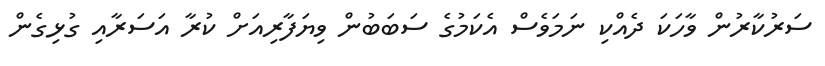
ސަރުކާރުން ވާހަކަ ދެއްކި ނަމަވެސް އެކަމުގެ ސަބަބުން ވިޔަފާރިއަށް ކުރާ އަސަރާއި ގުޅިގެން